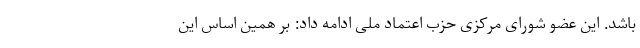
باشد. این عضو شورای مرکزی حزب اعتماد ملی ادامه داد: بر همین اساس این